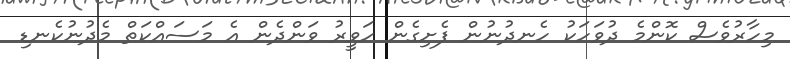
މިހާރުވެސް ކޮންމެ ދުވަހަކު ހެނދުނުން ފެށިގެން ހަވީރު ވަންދެން އެ މަސައްކަތް މެދުނުކެނޑި